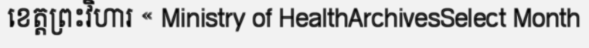
ខេត្តព្រះវិហារ « Ministry of HealthArchivesSelect Month